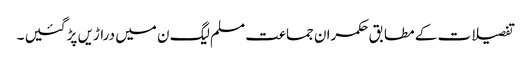
تفصیلات کے مطابق حکمران جماعت مسلم لیگ ن میں دراڑیں پڑ گئیں ۔